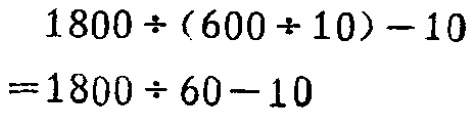
\[
\begin{align*}
&1800\div(600\div10)-10\\
=&1800\div60 - 10
\end{align*}
\]